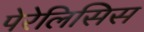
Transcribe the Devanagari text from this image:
पेरेलिसिस